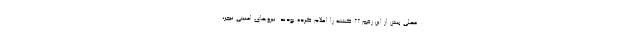
محلی پیش از این رقم ۲۲ کشته را اعلام کرده بودند. نیروهای امنیتی نیجر،